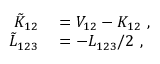
\begin{array} { r l } { \tilde { K } _ { 1 2 } } & { { } = V _ { 1 2 } - K _ { 1 2 } \mathrm { ~ , ~ } } \\ { \tilde { L } _ { 1 2 3 } } & { { } = - L _ { 1 2 3 } / 2 \mathrm { ~ , ~ } } \end{array}